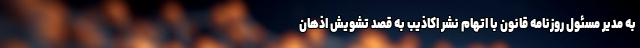
به مدیر مسئول روزنامه قانون با اتهام نشر اکاذیب به قصد تشویش اذهان